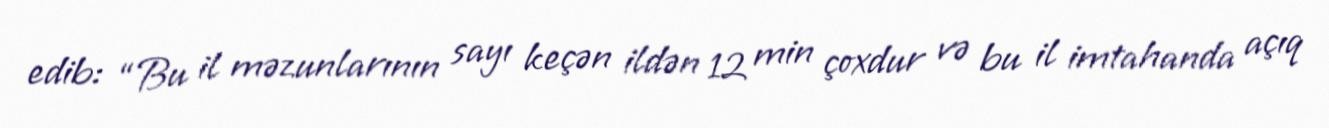
edib: “Bu il məzunlarının sayı keçən ildən 12 min çoxdur və bu il imtahanda açıq